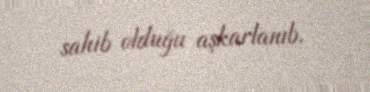
sahib olduğu aşkarlanıb.